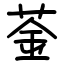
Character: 菳